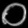
Digit: ၀